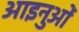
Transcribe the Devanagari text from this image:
आइनुओं